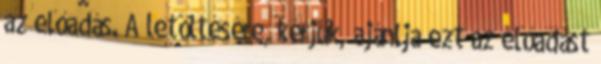
az előadás. A letöltésére, kérjük, ajánlja ezt az előadást